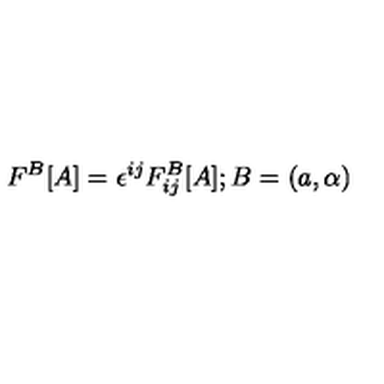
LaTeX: F ^ { B } [ A ] = \epsilon ^ { i j } F _ { i j } ^ { B } [ A ] ; B = \left( a , \alpha \right)